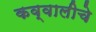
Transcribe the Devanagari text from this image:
कव्वालीचे